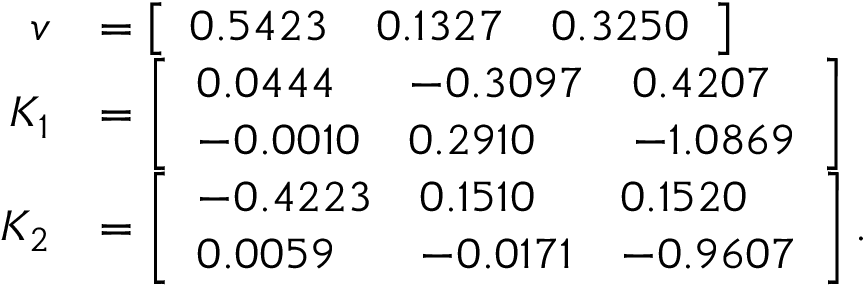
\begin{array} { r l } { v } & { = \left[ \begin{array} { l l l } { 0 . 5 4 2 3 } & { 0 . 1 3 2 7 } & { 0 . 3 2 5 0 } \end{array} \right] } \\ { K _ { 1 } } & { = \left[ \begin{array} { l l l } { 0 . 0 4 4 4 } & { - 0 . 3 0 9 7 } & { 0 . 4 2 0 7 } \\ { - 0 . 0 0 1 0 } & { 0 . 2 9 1 0 } & { - 1 . 0 8 6 9 } \end{array} \right] } \\ { K _ { 2 } } & { = \left[ \begin{array} { l l l } { - 0 . 4 2 2 3 } & { 0 . 1 5 1 0 } & { 0 . 1 5 2 0 } \\ { 0 . 0 0 5 9 } & { - 0 . 0 1 7 1 } & { - 0 . 9 6 0 7 } \end{array} \right] . } \end{array}